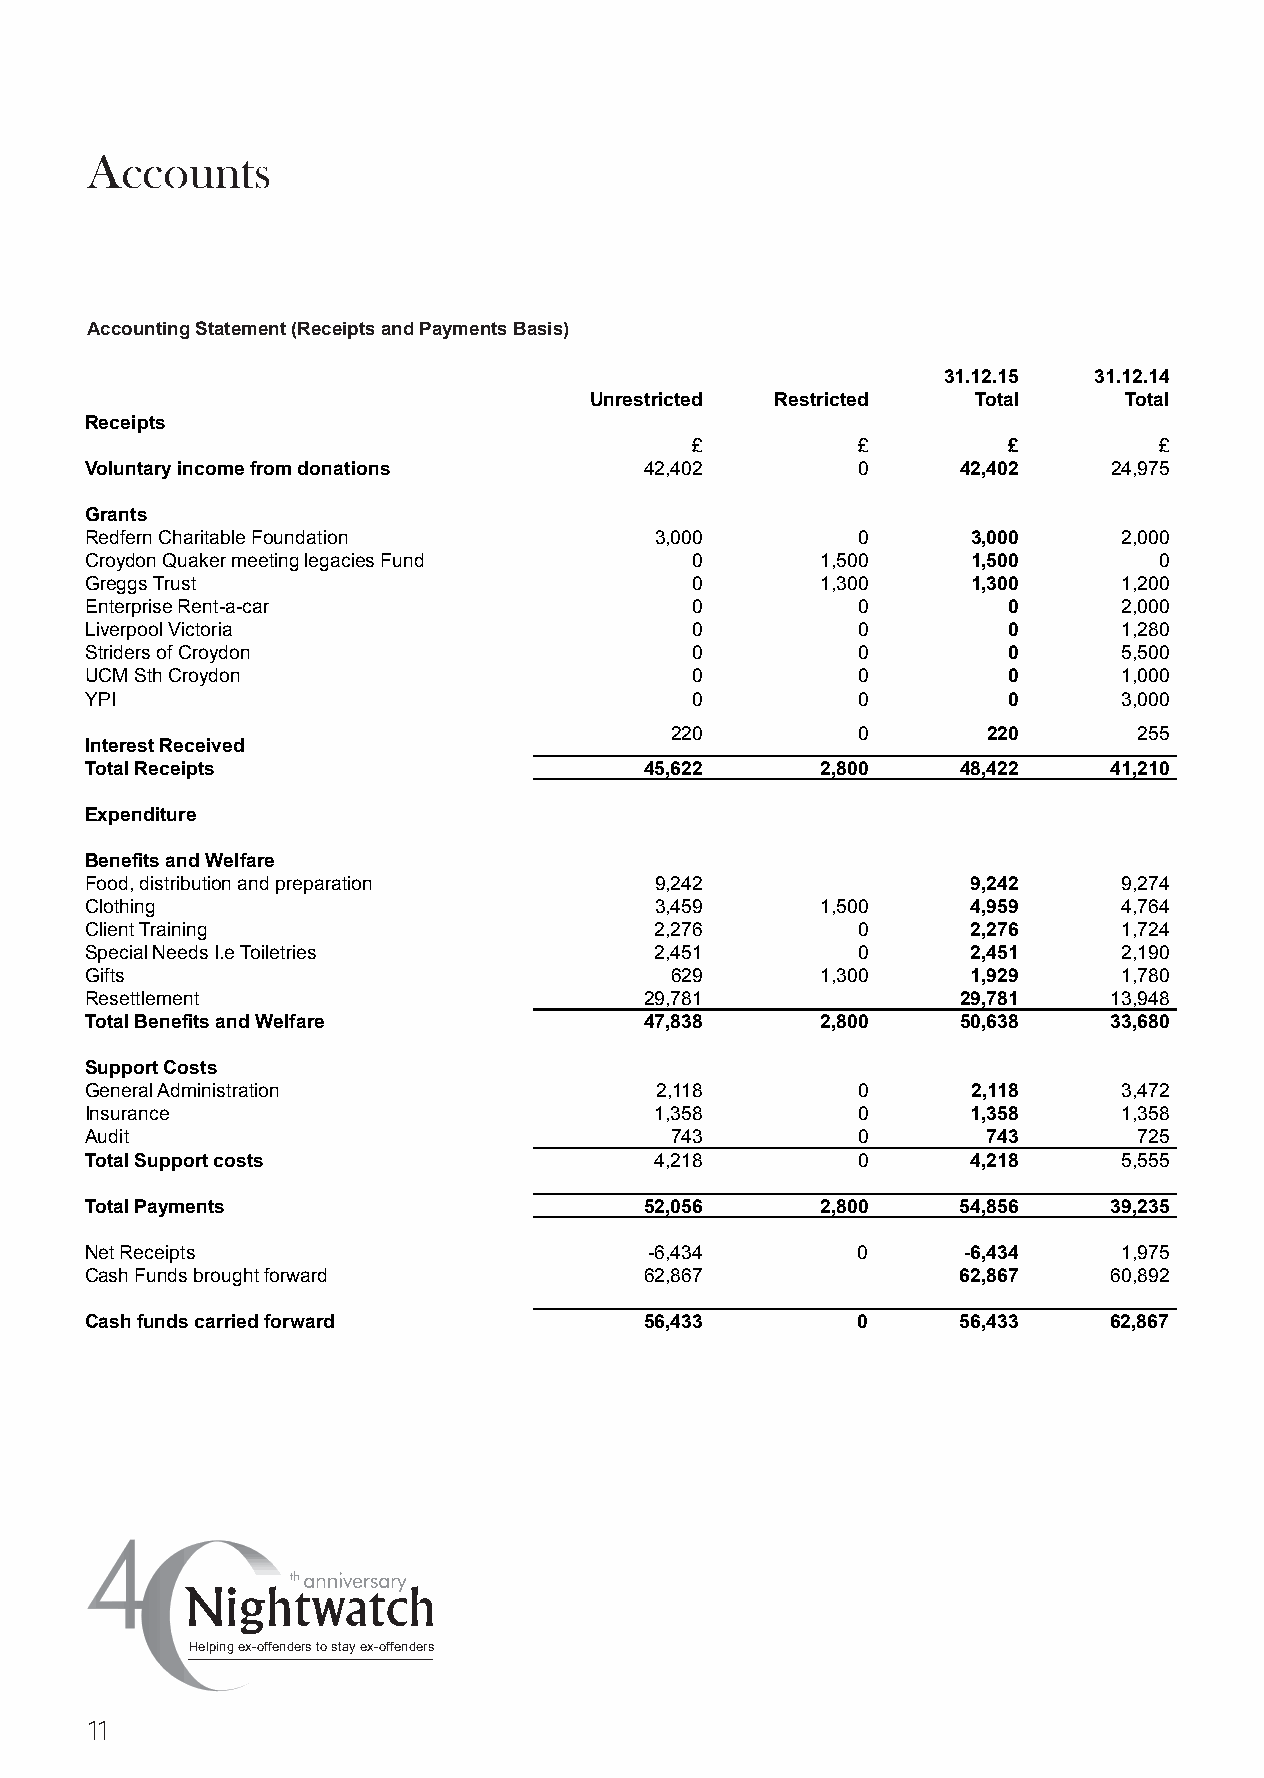
Accounts
 Accounting Statement (Receipts and Payments Basis)
 31.12.15  31.12.14
 Unrestricted Restricted   Total    Total
 Receipts
 £          £         £         £
 Voluntary income from donations      42,402        0      42,402    24,975
 Grants
 Redfern Charitable Foundation        3,000         0      3,000     2,000
 Croydon Quaker meeting legacies Fund    0       1,500     1,500        0
 Greggs Trust                            0       1,300     1,300     1,200
 Enterprise Rent-a-car                   0          0         0      2,000
 Liverpool Victoria                      0          0         0      1,280
 Striders of Croydon                     0          0         0      5,500
 UCM Sth Croydon                         0          0         0      1,000
 YPI                                     0          0         0      3,000
 220          0       220       255
 Interest Received
 Total Receipts                       45,622     2,800     48,422   41,210
 Expenditure
 Benefits and Welfare
 Food, distribution and preparation   9,242                9,242     9,274
 Clothing                             3,459      1,500     4,959     4,764
 Client Training                      2,276         0      2,276     1,724
 Special Needs I.e Toiletries         2,451         0      2,451     2,190
 Gifts                                 629       1,300     1,929     1,780
 Resettlement                         29,781               29,781   13,948
 Total Benefits and Welfare           47,838     2,800     50,638   33,680
 Support Costs
 General Administration               2,118         0      2,118     3,472
 Insurance                            1,358         0      1,358     1,358
 Audit                                 743          0       743       725
 Total Support costs                  4,218         0      4,218     5,555
 Total Payments                       52,056     2,800     54,856   39,235
 Net Receipts                         -6,434        0      -6,434    1,975
 Cash Funds brought forward           62,867               62,867   60,892
 Cash funds carried forward           56,433        0      56,433   62,867
 Helping ex-offenders to stay ex-offenders
 11